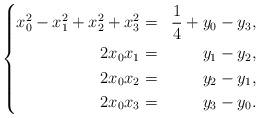
LaTeX: \begin{align*}\left\{\begin{aligned}x_0^2-x_1^2+x_2^2+x_3^2&=&\frac{1}{4}+y_0-y_3,\\2x_0x_1&=&y_1-y_2,\\2x_0x_2&=&y_2-y_1,\\2x_0x_3&=&y_3-y_0.\end{aligned}\right.\end{align*}